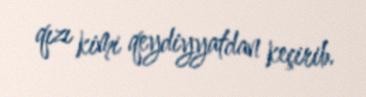
qızı kimi qeydiyyatdan keçirib.